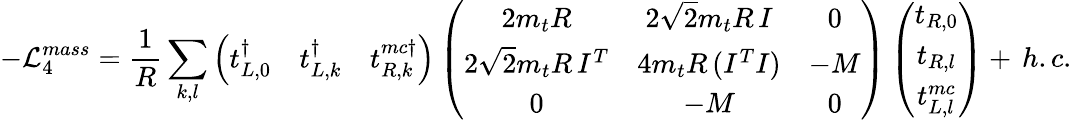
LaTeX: -{\mathcal L}_{4}^{mass}=\frac{1}{R}\sum_{k,l}\left(\begin{array}{ccc}{{t_{L,0}^{\dagger}}}&{{t_{L,k}^{\dagger}}}&{{t_{R,k}^{mc\dagger}}}\end{array}\right)\left(\begin{array}{ccc}{{2m_{t}R}}&{{2\sqrt{2}m_{t}R\, I}}&{{0}}\\ {{2\sqrt{2}m_{t}R\, I^{T}}}&{{4m_{t}R\, (I^{T}I)}}&{{-M}}\\ {{0}}&{{-M}}&{{0}}\end{array}\right)\left(\begin{array}{c}{{t_{R,0}}}\\ {{t_{R,l}}}\\ {{t_{L,l}^{mc}}}\end{array}\right)+\, h.c.